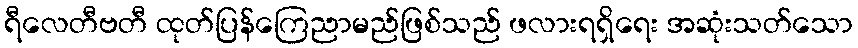
ရီလေတီဗတီ ထုတ်ပြန်ကြေညာမည်ဖြစ်သည် ဖလားရရှိရေး အဆုံးသတ်သော